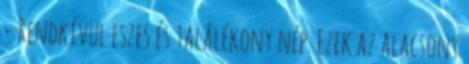
- Rendkívül eszes és találékony nép. Ezek az alacsony